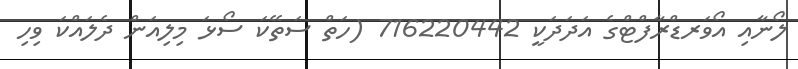
ލޯނާއި އޯވަރޑްރާފްޓްގެ އަދަދަކީ 716220442 (ހަތް ސަތޭކަ ސޯޅަ މިލިއަން ދެލައްކަ ވިހި